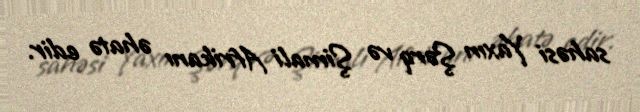
sahəsi Yaxın Şərq və Şimali Afrikanı əhatə edir.